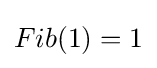
Fib(1)=1